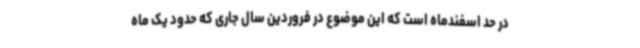
در حد اسفندماه است که این موضوع در فروردین سال جاری که حدود یک ماه